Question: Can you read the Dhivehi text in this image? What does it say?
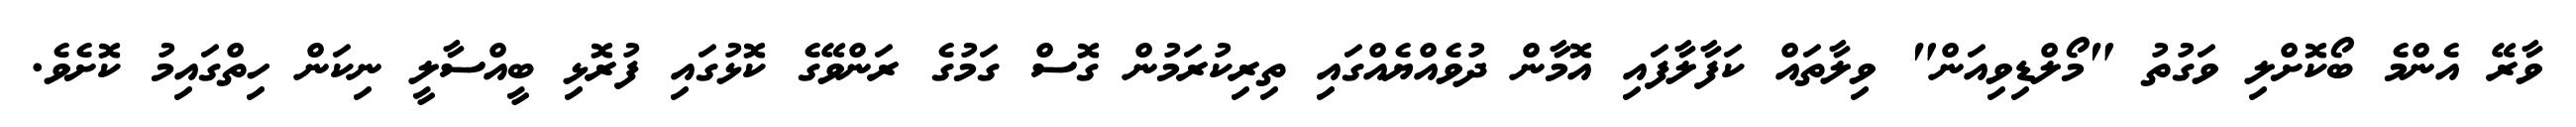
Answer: ވާރޭ އެންމެ ބޯކޮށްލި ވަގުތު "މޯލްޑިވިއަން" ވިލާތައް ކަފާލާފައި އޮމާން ދުވެއްޔެއްގައި ތިރިކުރަމުން ގޮސް ގަމުގެ ރަންވޭގެ ކޮޅުގައި ފުރޮޅި ބީއްސާލީ ނިކަން ހިތްގައިމު ކޮށެވެ.